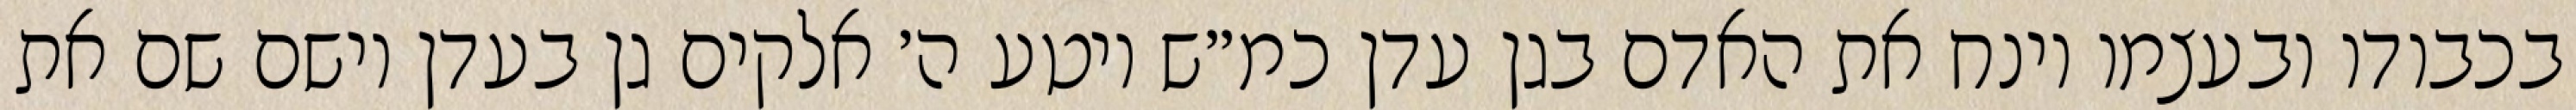
בכבודו ובעצמו וינח את האדם בגן עדן כמ״ש ויטע ה׳ אלקים גן בעדן וישם שם את